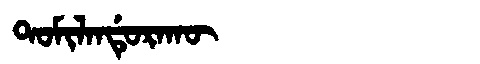
Manchu: ᡨᠣᠮᡳᠯᠠᠨᡩᡠᡵᠠᡴᡡ
Romanization: TOMILANDURAKŪ